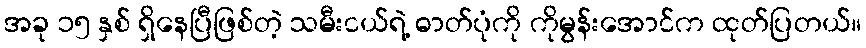
အခု ၁၅ နှစ် ရှိနေပြီဖြစ်တဲ့ သမီးငယ်ရဲ့ ဓာတ်ပုံကို ကိုမွန်းအောင်က ထုတ်ပြတယ်။